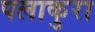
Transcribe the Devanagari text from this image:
पलाकुरा